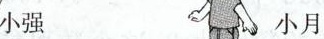
小强 小月229952足球篮球